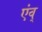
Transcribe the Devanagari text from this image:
एंव्